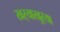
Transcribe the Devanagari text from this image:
खर्‍याखुर्‍या